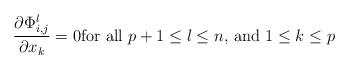
LaTeX: \begin{align*}\frac{\partial \Phi_{i,j}^l}{\partial x_k} = 0 \textrm{for all $p + 1 \le l \le n$, and $1 \le k \le p$}\end{align*}